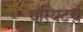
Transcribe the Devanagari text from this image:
चॅरियटचे